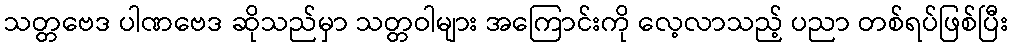
သတ္တဗေဒ ပါဏဗေဒ ဆိုသည်မှာ သတ္တဝါများ အကြောင်းကို လေ့လာသည့် ပညာ တစ်ရပ်ဖြစ်ပြီး